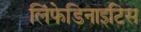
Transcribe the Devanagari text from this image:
लिंफेडिनाइटिस